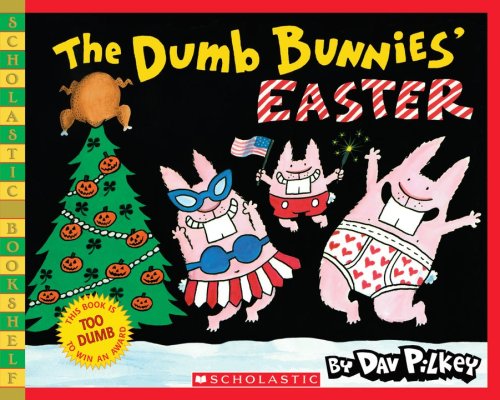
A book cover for The Dumb Bunnies' Easter; Dav Pilkey; Children's Books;